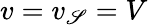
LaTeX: v=v_{\mathscr{S}}=V